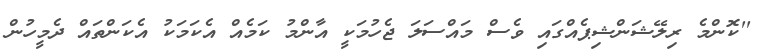
''ކޮންމެ ރިލޭޝަންޝިޕެއްގައި ވެސް މައްސަލަ ޖެހުމަކީ އާންމު ކަމެއް އެކަމަކު އެކަންތައް ދެމީހުން